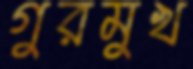
গুরমুখ